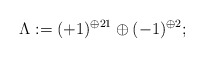
\begin{align*}\Lambda := (+1)^{\oplus 21} \oplus (-1)^{\oplus 2};\end{align*}